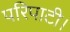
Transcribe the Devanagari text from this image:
परिपाटी।